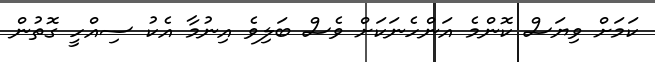
ކަމަށް ވިޔަސް ކޮންމެ އަންހެނަކަށް ވެސް ބަލިވެ އިނުމާ އެކު ސިއްހީ ގޮތުން